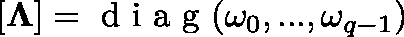
[ \mathbf { \Lambda } ] = \mathrm { ~ d ~ i ~ a ~ g ~ } ( \omega _ { 0 } , . . . , \omega _ { q - 1 } )